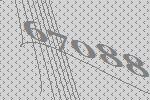
67088